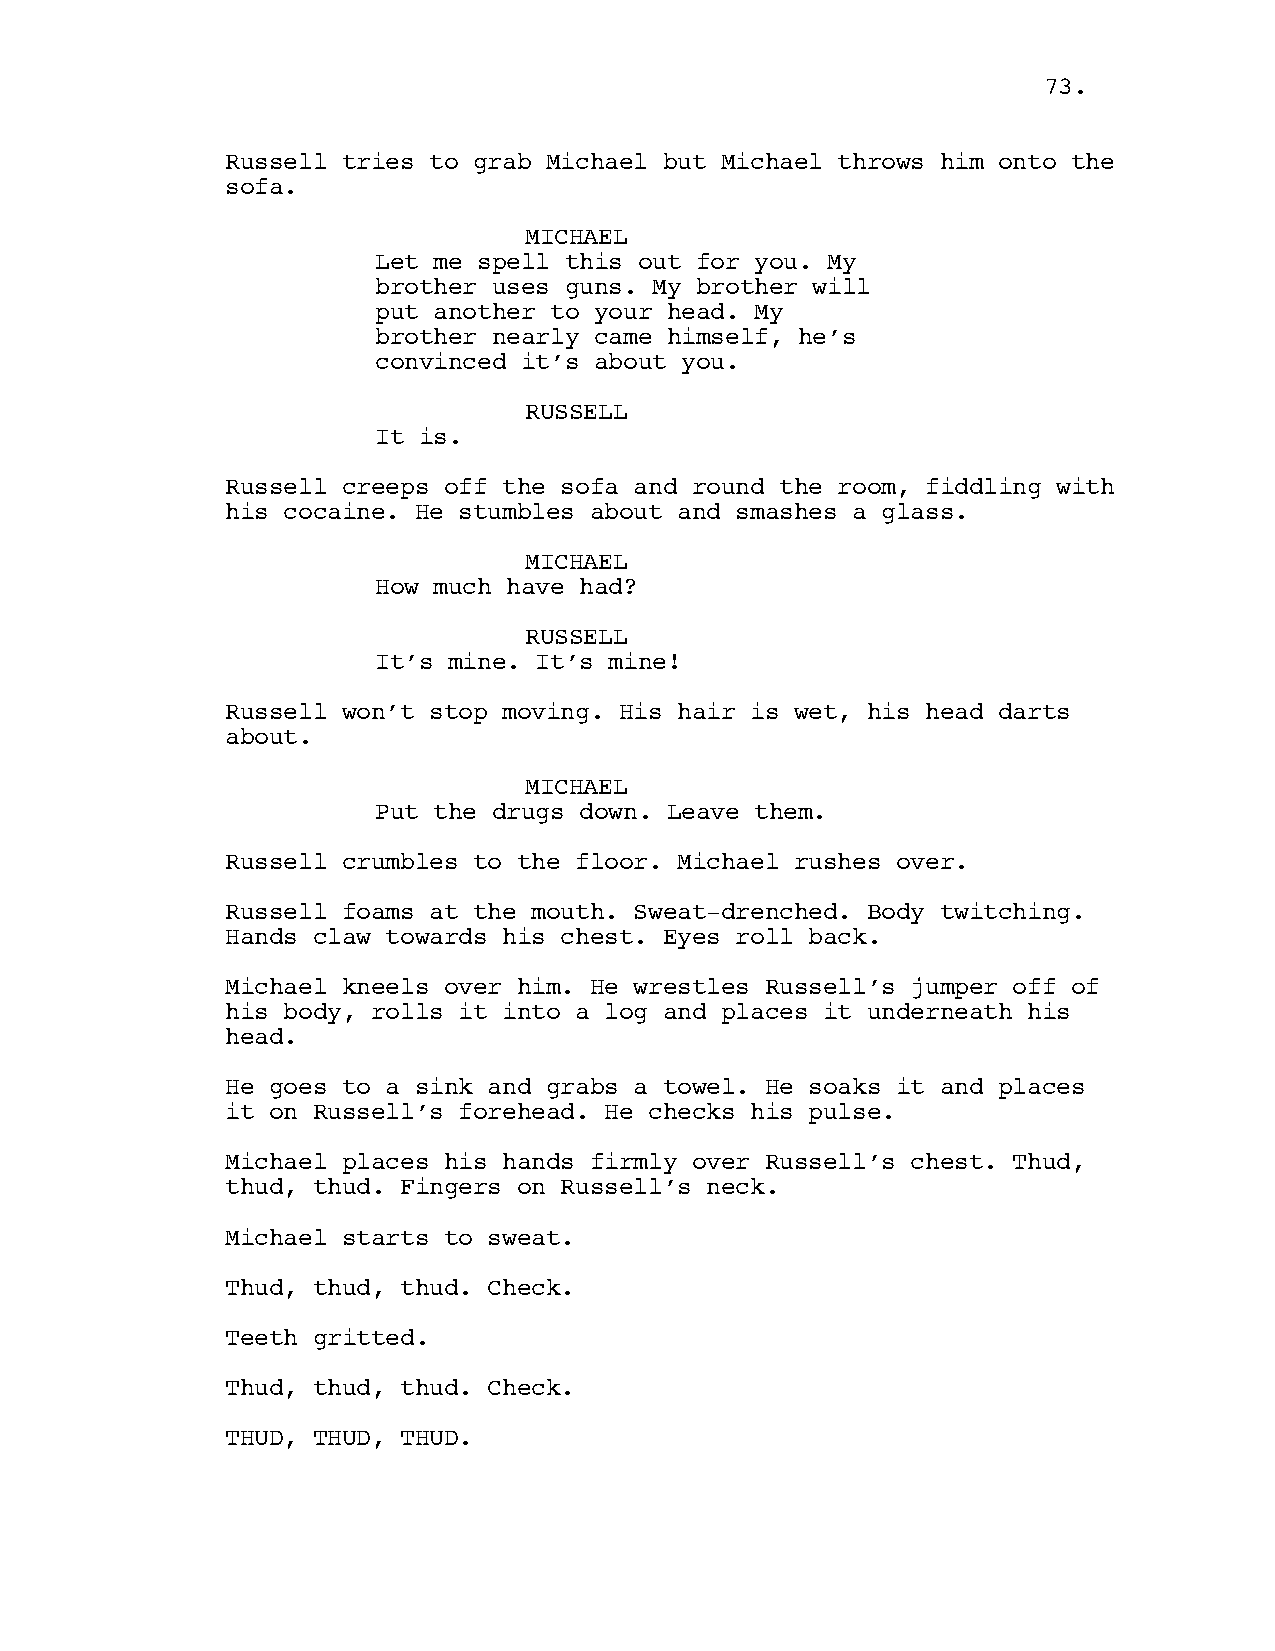
73.
 Russell tries to grab Michael but Michael throws him onto the
 sofa.
 MICHAEL
 Let me spell this out for you. My
 brother uses guns. My brother will
 put another to your head. My
 brother nearly came himself, he’s
 convinced it’s about you.
 RUSSELL
 It is.
 Russell creeps off the sofa and round the room, fiddling with
 his cocaine. He stumbles about and smashes a glass.
 MICHAEL
 How much have had?
 RUSSELL
 It’s mine. It’s mine!
 Russell won’t stop moving. His hair is wet, his head darts
 about.
 MICHAEL
 Put the drugs down. Leave them.
 Russell crumbles to the floor. Michael rushes over.
 Russell foams at the mouth. Sweat-drenched. Body twitching.
 Hands claw towards his chest. Eyes roll back.
 Michael kneels over him. He wrestles Russell’s jumper off of
 his body, rolls it into a log and places it underneath his
 head.
 He goes to a sink and grabs a towel. He soaks it and places
 it on Russell’s forehead. He checks his pulse.
 Michael places his hands firmly over Russell’s chest. Thud,
 thud, thud. Fingers on Russell’s neck.
 Michael starts to sweat.
 Thud, thud, thud. Check.
 Teeth gritted.
 Thud, thud, thud. Check.
 THUD, THUD, THUD.